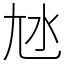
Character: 㝽